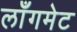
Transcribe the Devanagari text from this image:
लाँगमेट